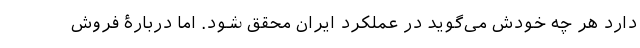
دارد هر چه خودش می‌گوید در عملکرد ایران محقق شود. اما دربارۀ فروش